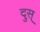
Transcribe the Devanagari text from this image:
दुस्